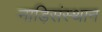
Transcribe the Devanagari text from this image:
नाड़िसंस्थान